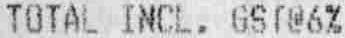
TOTAL INCL. GST@6%